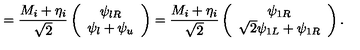
= \frac { M _ { i } + \eta _ { i } } { \sqrt { 2 } } \left( \begin{array} { c } { \psi _ { l R } } \\ { \psi _ { l } + \psi _ { u } } \\ \end{array} \right) = \frac { M _ { i } + \eta _ { i } } { \sqrt { 2 } } \left( \begin{array} { c } { \psi _ { 1 R } } \\ { \sqrt { 2 } \psi _ { 1 L } + \psi _ { 1 R } } \\ \end{array} \right) .